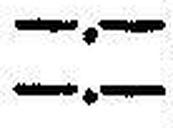
—.—